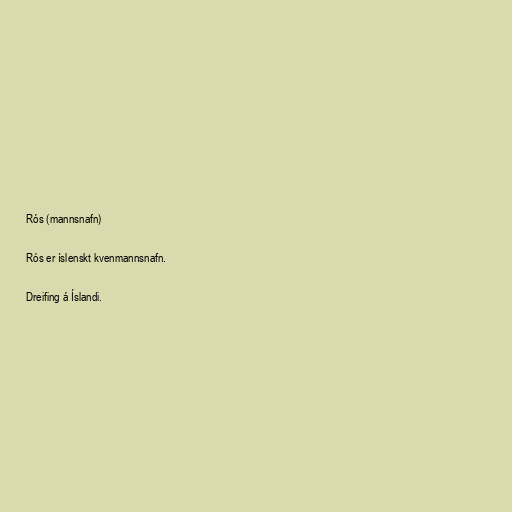
Rós (mannsnafn)

Rós er íslenskt kvenmannsnafn.

Dreifing á Íslandi.